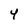
Character: 4